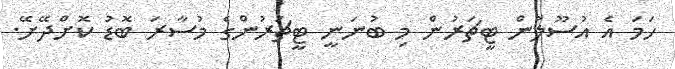
ހަމަ އެ އުސޫލުން ޓީޗަރުން މި ބުނަނީ ޓީޗަރުންގެ މުސާރަ ބޮޑު ކޮށްދޭށޭ.